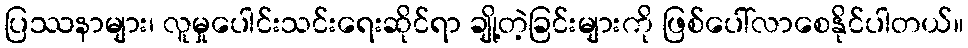
ပြဿနာများ၊ လူမှုပေါင်းသင်းရေးဆိုင်ရာ ချို့တဲ့ခြင်းများကို ဖြစ်ပေါ်လာစေနိုင်ပါတယ်။